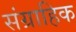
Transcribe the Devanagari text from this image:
संग्राहिक